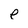
Character: p